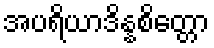
အပရိယာဒိန္နစိတ္တော